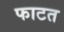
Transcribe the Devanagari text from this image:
फाटत